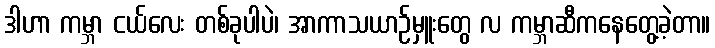
ဒါဟာ ကမ္ဘာ ငယ်လေး တစ်ခုပါပဲ၊ အာကာသယာဉ်မှူးတွေ လ ကမ္ဘာဆီကနေတွေ့ခဲ့တာ။